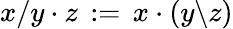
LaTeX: x/y\cdot z\, :=\, x\cdot(y\backslash z)